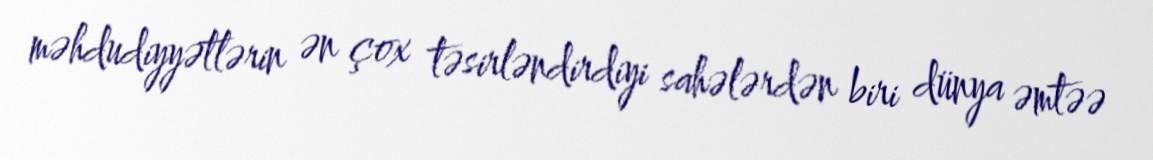
məhdudiyyətlərin ən çox təsirləndirdiyi sahələrdən biri dünya əmtəə